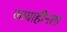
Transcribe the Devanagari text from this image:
कायाहीनता